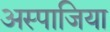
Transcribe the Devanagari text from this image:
अस्पाजिया